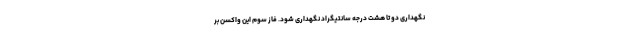
نگهداری دو تا هشت درجه سانتیگراد نگهداری شود. فاز سوم این واکسن بر